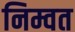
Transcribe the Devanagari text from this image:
निम्वत